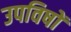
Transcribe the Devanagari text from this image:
उपविषों